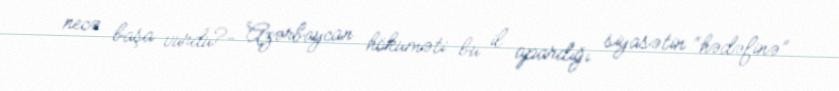
necə başa vurdu?- Azərbaycan hökuməti bu il apardığı siyasətin “hədəfinə”